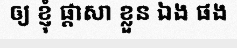
ឲ្យ ខ្ញុំ ផ្តាសា ខ្លួន ឯង ផង